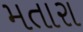
મતારા